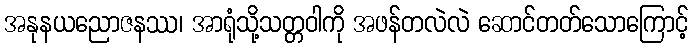
အနုနယညောဇနဿ၊ အာရုံသို့သတ္တဝါကို အဖန်တလဲလဲ ဆောင်တတ်သောကြောင့်